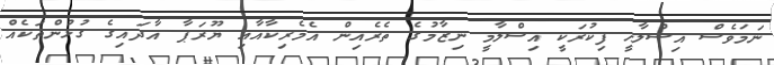
ނަމަވެސް އިސްލާހީ ފިކުރަކީ އިސްލާމީ ނިޒާމުގެ ތެރެއިން އެމެރިކާއާއި ޔޫރަޕާ އާދައިގެ ގުޅުންތަކެއް